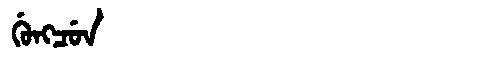
Manchu: ᡤᡠᠩᠴᡠᠨ
Romanization: GUNGCUN